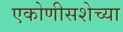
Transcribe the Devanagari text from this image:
एकोणीसशेच्या